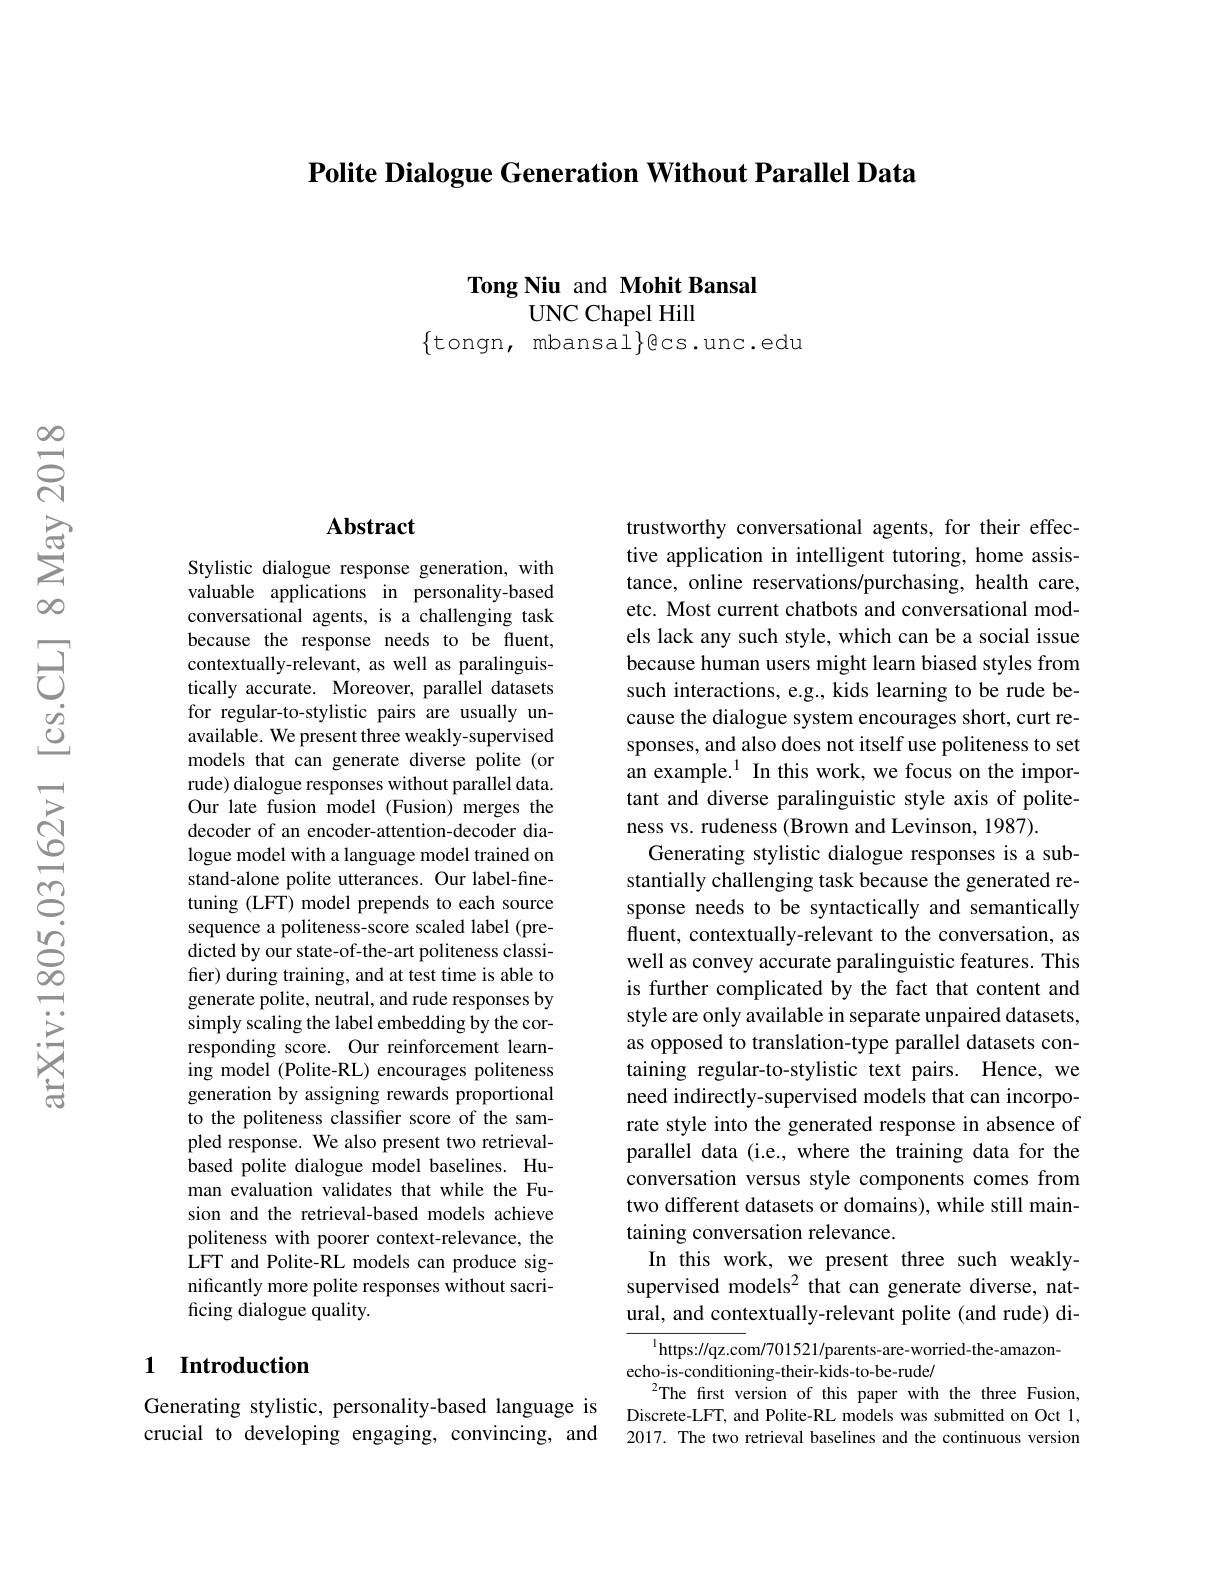
Polite Dialogue Generation Without Parallel Data

Tong Niu and Mohit Bansal
UNC Chapel Hill

$\{$tongn, mbansal$\}$ecs.unc.edu

## Abstract

Stylistic dialogue response generation, with valuable applications in personality-based conversational agents, is a challenging task because the response needs to be fluent, contextually-relevant, as well as paralinguistically accurate. Moreover, parallel datasets for regular-to-stylistic pairs are usually unavailable. We present three weakly-supervised models that can generate diverse polite (or rude) dialogue responses without parallel data. Our late fusion model (Fusion) merges the decoder of an encoder-attention-decoder dialogue model with a language model trained on stand-alone polite utterances. Our label-finetuning (LFT) model prepends to each source sequence a politeness-score scaled label (predicted by our state-of-the-art politeness classifer) during training, and at test time is able to generate polite, neutral, and rude responses by simply scaling the label embedding by the corresponding score. Our reinforcement learning model (Polite-RL) encourages politeness generation by assigning rewards proportional to the politeness classifier score of the sampled response. We also present two retrievalbased polite dialogue model baselines. Human evaluation validates that while the Fusion and the retrieval-based models achieve politeness with poorer context-relevance, the $\hat{\text{LFT and Polite-RL models can produce sig-}}$ nificantly more polite responses without sacrificing dialogue quality.

### 1 Introduction

Generating stylistic, personality-based language is crucial to developing engaging, convincing, and

trustworthy conversational agents, for their effective application in intelligent tutoring, home assistance, online reservations/purchasing, health care, etc. Most current chatbots and conversational models lack any such style, which can be a social issue because human users might learn biased styles from such interactions, e.g., kids learning to be rude because the dialogue system encourages short, curt responses, and also does not itself use politeness to set an example.$^1$ In this work, we focus on the important and diverse paralinguistic style axis of politeness vs. rudeness (Brown and Levinson, 1987).
Generating stylistic dialogue responses is a substantially challenging task because the generated response needs to be syntactically and semantically fluent, contextually-relevant to the conversation, as well as convey accurate paralinguistic features. This is further complicated by the fact that content and style are only available in separate unpaired datasets, as opposed to translation-type parallel datasets containing regular-to-stylistic text pairs. Hence, we need indirectly-supervised models that can incorporate style into the generated response in absence of parallel data (i.e., where the training data for the conversation versus style components comes from two different datasets or domains), while still maintaining conversation relevance.
In this work, we present three such weaklysupervised models$^2$ that can generate diverse, natural, and contextually-relevant polite (and rude) di-
$^{\mathrm{l}}$https://qz.com/701521/parents-are-worried-the-amazon-

echo-is-conditioning-their-kids-to-be-rude/
$^{2}$The first version of this paper with the three Fusion, Discrete-LFT, and Polite-RL models was submitted on Oct 1, 2017. The two retrieval baselines and the continuous version